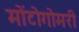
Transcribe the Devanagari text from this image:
मोंटोगोमरी